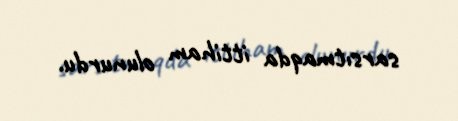
sarsıtmaqda ittiham olunurdu.